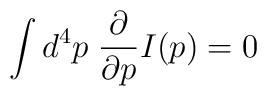
\int d^4 p \; {\partial \over \partial p} I(p) = 0